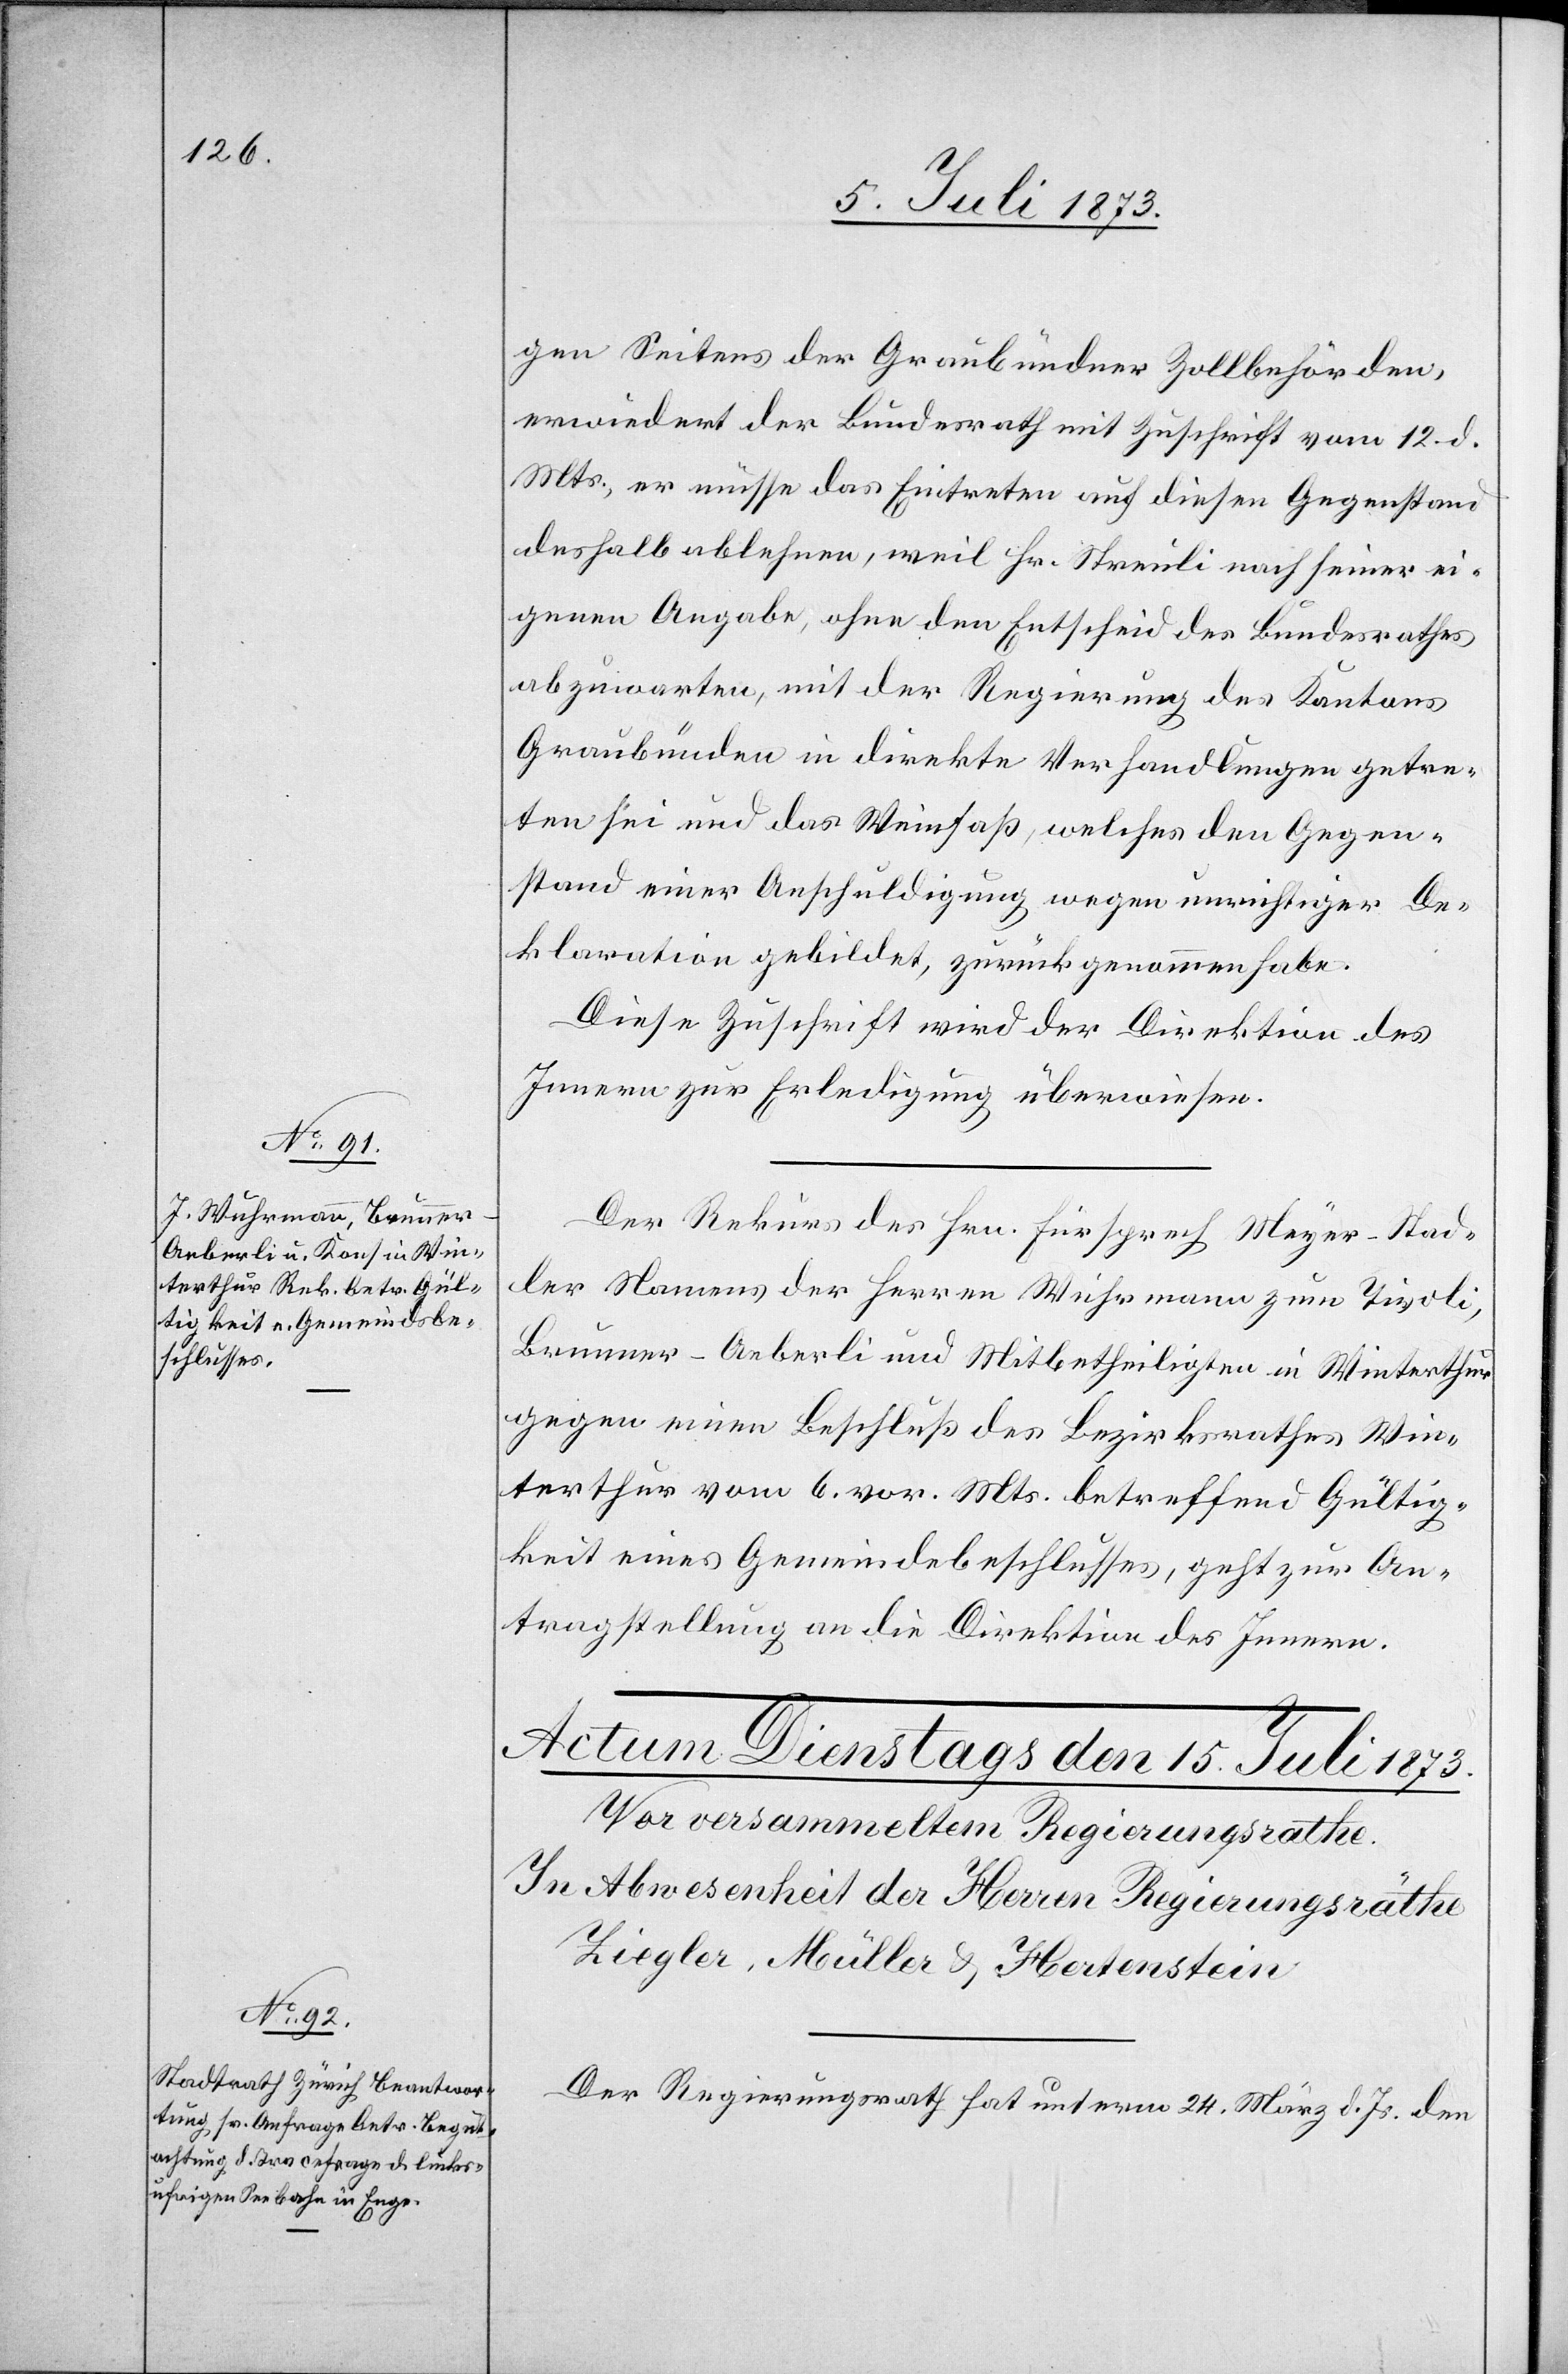
14. Juli 1873.]
gen Seitens der Graubündner Zollbehörden,
erwiedert der Bundesrath mit Zuschrift vom 12. d.
Mts., er müsse das Eintreten auf diesen Gegenstand
deshalb ablehnen, weil Hr. Streuli nach seiner ei¬
genen Angabe, ohne den Entscheid des Bundesrathes
abzuwarten, mit der Regierung des Kantons
Graubünden in direkte Verhandlungen getre¬
ten sei und das Weinfaß, welches den Gegen¬
stand einer Anschuldigung wegen unrichtiger De¬
klaration gebildet, zurückgenommen habe.
Diese Zuschrift wird der Direktion des
Innern zur Erledigung überwiesen.
Der Rekurs des Hrn. Fürsprech Meyer-Stad¬
ler Namens der Herren Wuhrmann zum Tivoli,
Brunner-Aeberli und Mitbetheiligten in Winterthur
gegen einen Beschluß des Bezirksrathes Win¬
terthur vom 6. vor. Mts. betreffend Gültig¬
keit eines Gemeindsbeschlusses, geht zur An¬
tragstellung an die Direktion des Innern.
Der Regierungsrath hat unterm 24. März d. Js. den